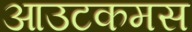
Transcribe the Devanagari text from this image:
आउटकमस